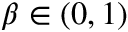
\beta \in ( 0 , 1 )